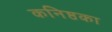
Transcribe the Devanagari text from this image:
कनिष्ठका